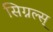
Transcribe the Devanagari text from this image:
सिग्नल्स्